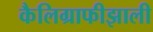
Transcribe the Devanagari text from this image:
कैलिग्राफीझाली